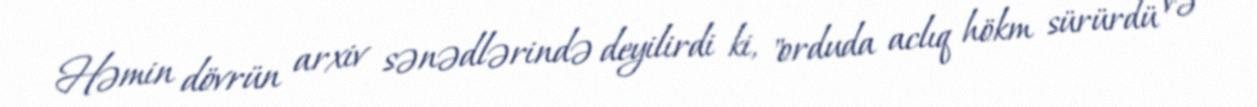
Həmin dövrün arxiv sənədlərində deyilirdi ki, "orduda aclıq hökm sürürdü və